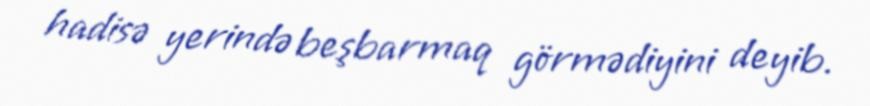
hadisə yerində beşbarmaq görmədiyini deyib.